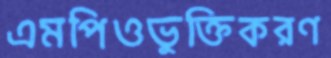
এমপিওভুক্তিকরণ